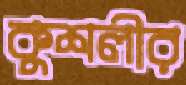
কুশলীর